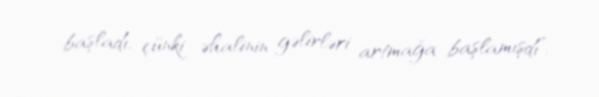
başladı, çünki əhalinin gəlirləri artmağa başlamışdı”.